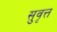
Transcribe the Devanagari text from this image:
सुवृत्त